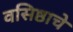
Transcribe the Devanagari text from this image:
वसिष्ठाचे